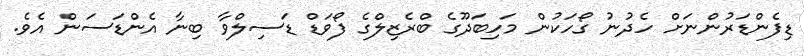
ޑިފެންޑަރުންނަށް ހެދުނު ގޯހަކުން މަހިބަދޫގެ ބްރެޒިލްގެ ފޯވަޑް ޑަސިލްވާ ބިނާ އެންޑަސަން އެވެ.